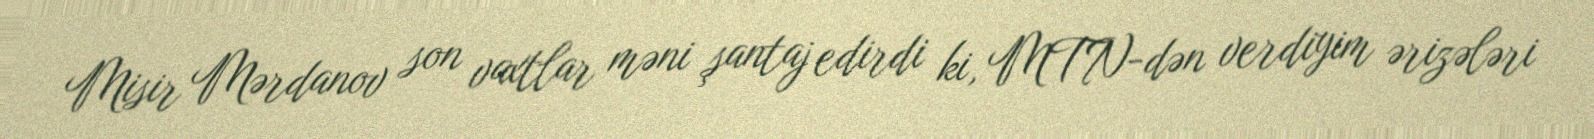
Misir Mərdanov son vaxtlar məni şantaj edirdi ki, MTN-dən verdiyim ərizələri